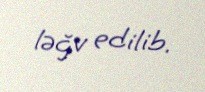
ləğv edilib.